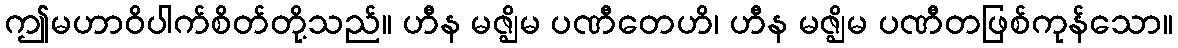
ဤမဟာဝိပါက်စိတ်တို့သည်။ ဟီန မဇ္ဈိမ ပဏီတေဟိ၊ ဟီန မဇ္ဈိမ ပဏီတဖြစ်ကုန်သော။